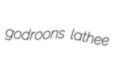
godroons lathee